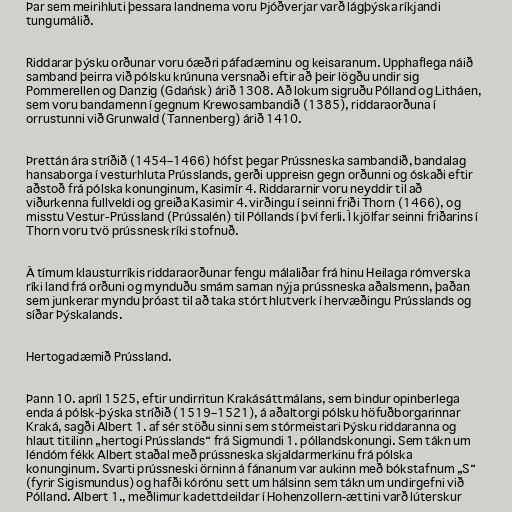
Þar sem meirihluti þessara landnema voru Þjóðverjar varð lágþýska ríkjandi
tungumálið.

Riddarar þýsku orðunar voru óæðri páfadæminu og keisaranum. Upphaflega náið
samband þeirra við pólsku krúnuna versnaði eftir að þeir lögðu undir sig
Pommerellen og Danzig (Gdańsk) árið 1308. Að lokum sigruðu Pólland og Litháen,
sem voru bandamenn í gegnum Krewosambandið (1385), riddaraorðuna í
orrustunni við Grunwald (Tannenberg) árið 1410.

Þrettán ára stríðið (1454–1466) hófst þegar Prússneska sambandið, bandalag
hansaborga í vesturhluta Prússlands, gerði uppreisn gegn orðunni og óskaði eftir
aðstoð frá pólska konunginum, Kasimír 4. Riddararnir voru neyddir til að
viðurkenna fullveldi og greiða Kasimir 4. virðingu í seinni friði Thorn (1466), og
misstu Vestur-Prússland (Prússalén) til Póllands í því ferli. Í kjölfar seinni friðarins í
Thorn voru tvö prússnesk ríki stofnuð.

Á tímum klausturríkis riddaraorðunar fengu málaliðar frá hinu Heilaga rómverska
ríki land frá orðuni og mynduðu smám saman nýja prússneska aðalsmenn, þaðan
sem junkerar myndu þróast til að taka stórt hlutverk í hervæðingu Prússlands og
síðar Þýskalands.

Hertogadæmið Prússland.

Þann 10. apríl 1525, eftir undirritun Krakásáttmálans, sem bindur opinberlega
enda á pólsk-þýska stríðið (1519–1521), á aðaltorgi pólsku höfuðborgarinnar
Kraká, sagði Albert 1. af sér stöðu sinni sem stórmeistari Þýsku riddaranna og
hlaut titilinn „hertogi Prússlands“ frá Sigmundi 1. póllandskonungi. Sem tákn um
léndóm fékk Albert staðal með prússneska skjaldarmerkinu frá pólska
konunginum. Svarti prússneski örninn á fánanum var aukinn með bókstafnum „S“
(fyrir Sigismundus) og hafði kórónu sett um hálsinn sem tákn um undirgefni við
Pólland. Albert 1., meðlimur kadettdeildar í Hohenzollern-ættini varð lúterskur